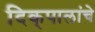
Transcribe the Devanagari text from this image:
दिक्‌पालांचे